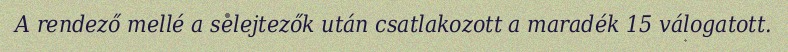
A rendező mellé a selejtezők után csatlakozott a maradék 15 válogatott.